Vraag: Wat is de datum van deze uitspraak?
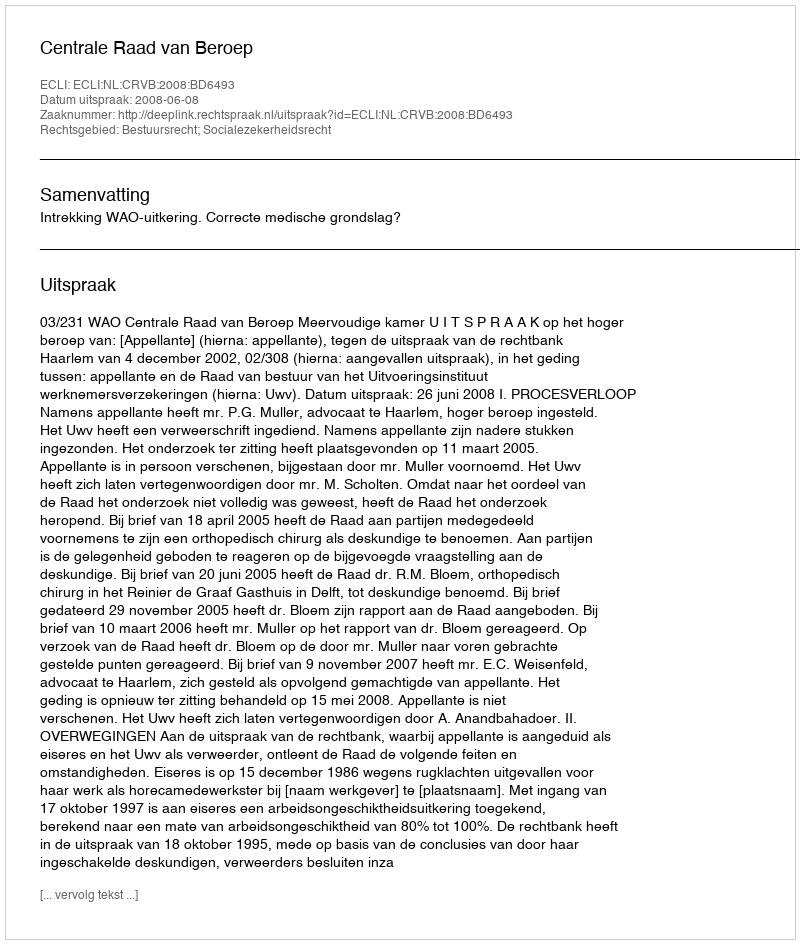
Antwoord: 2008-06-08